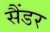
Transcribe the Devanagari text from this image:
सैंडर